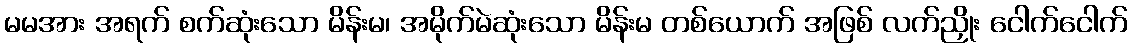
မမအား အရက် စက်ဆုံးသော မိန်းမ၊ အမိုက်မဲဆုံးသော မိန်းမ တစ်ယောက် အဖြစ် လက်ညှိုး ငေါက်ငေါက်